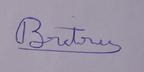
Signature authenticity: genuine